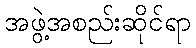
အဖွဲ့အစည်းဆိုင်ရာ